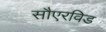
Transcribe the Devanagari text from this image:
सौएरविड